Lunatic asylums United Prov. 1922-30 - 1922-1930
Year: 1922
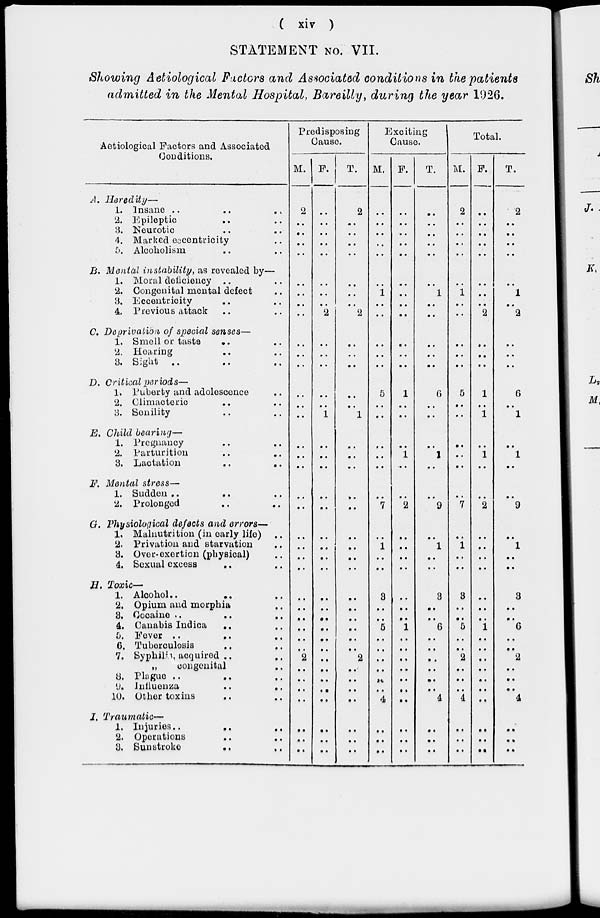
( xiv )
STATEMENT NO. VII.
Showing Aetiological Factors and Associated conditions in the patients
admitted in the Mental Hospital, Bareilly, during the year 1926.
Aetiological Factors and Associated
Conditions.
A. Heredity—
1. Insane
..
..
..
2. Epileptic .. ..
3. Neurotic .. ..
4. Marked eccentricity ..
5. Alcoholism .. ..
B. Mental instability, as revealed by—
1. Moral deficiency .. ..
2. Congenital mental defect .. ..
3. Eccentricity .. ..
4. Previous attack .. ..
C. Deprivation of special senses—
1. Smell or taste .. ..
2. Hearing .. ..
3. Sight .. .. ..
D. Critical periods—
1. Puberty and adolescence ..
2. Climacteric .. ..
3. Senility .. ..
E. Child bearing—
1. Pregnancy .. ..
2. Parturition
..
..
3. Lactation
..
..
F. Mental stress—
1. Sudden .. .. ..
2. Prolonged .. ..
G. Physiological defects and errors—
1. Malnutrition (in early life)
..
2. Privation and starvation ..
3. Over-exertion (physical) ..
4. Sexual excess .. ..
H. Toxic—
1. Alcohol..
..
..
2. Opium and morphia ..
3. Cocaine ..
..
..
4. Canabis Indica .. ..
5. Fever .. .. ..
6. Tuberculosis .. ..
7. Syphilis, acquired .. ..
„
congenital ..
8. Plague .. .. ..
9. Influenza
..
..
10. Other toxins .. ..
I. Traumatic—
1. Injuries
..
..
..
2. Operations
..
..
3. Sunstroke
..
..
Predisposing
Cause.
M.
2
..
..
..
..
..
..
..
..
..
..
..
..
..
..
..
..
..
..
..
..
..
..
..
..
..
..
..
..
..
2
..
..
..
..
..
..
..
F.
..
..
..
..
..
..
..
..
2
..
..
..
..
..
1
..
..
..
..
..
..
..
..
..
..
..
..
..
..
..
..
..
..
..
..
..
..
..
T.
2
..
..
..
..
..
..
..
2
..
..
..
..
..
1
..
..
..
..
..
..
..
..
..
..
..
..
..
..
..
2
..
..
..
..
..
..
..
Exciting
Cause.
M.
..
..
..
..
..
..
1
..
..
..
..
..
5
..
..
..
..
..
..
7
..
1
..
..
3
..
..
5
..
..
..
..
..
..
4
..
..
..
F.
..
..
..
..
..
..
..
..
..
..
..
..
1
..
..
..
1
..
..
2
..
..
..
..
..
..
..
1
..
..
..
..
..
..
..
..
..
..
T.
..
..
..
..
..
..
1
..
..
..
..
..
6
..
..
..
1
..
..
9
..
1
..
..
3
..
..
6
..
..
..
..
..
..
4
..
..
..
Total.
M.
2
..
..
..
..
..
1
..
..
..
..
..
5
..
..
..
..
..
..
7
..
1
..
..
3
..
..
5
..
..
2
..
..
..
4
..
..
..
F.
..
..
..
..
..
..
..
..
2
..
..
..
1
..
1
..
1
..
..
2
..
..
..
..
..
..
..
1
..
..
..
..
..
..
..
..
..
..
T.
2
..
..
..
..
..
1
..
2
..
..
..
6
..
1
..
1
..
..
9
..
1
..
..
3
..
..
6
..
..
2
..
..
..
4
..
..
..